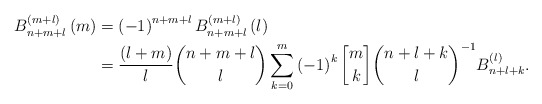
\begin{align*}B_{n+m+l}^{\left( m+l\right) }\left( m\right) & =\left( -1\right)^{n+m+l}B_{n+m+l}^{\left( m+l\right) }\left( l\right) \\& =\frac{\left( l+m\right) }{l}\binom{n+m+l}{l}\sum_{k=0}^{m}\left(-1\right) ^{k}\genfrac{[}{]}{0pt}{}{m}{k}\binom{n+l+k}{l}^{-1}B_{n+l+k}^{\left( l\right) }. \end{align*}